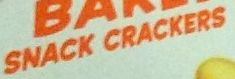
SNACK CRACKERS